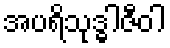
အပရိသုဒ္ဓါဇီဝါ